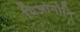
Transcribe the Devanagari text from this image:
थिओगोनि